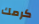
كرمك